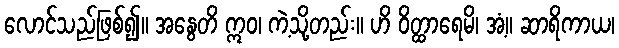
လောင်သည်ဖြစ်၍။ အနွေတိ ဣဝ၊ ကဲ့သို့တည်း။ ဟိ ဝိတ္ထာရေမိ၊ အံ့။ ဆာရိကာယ၊